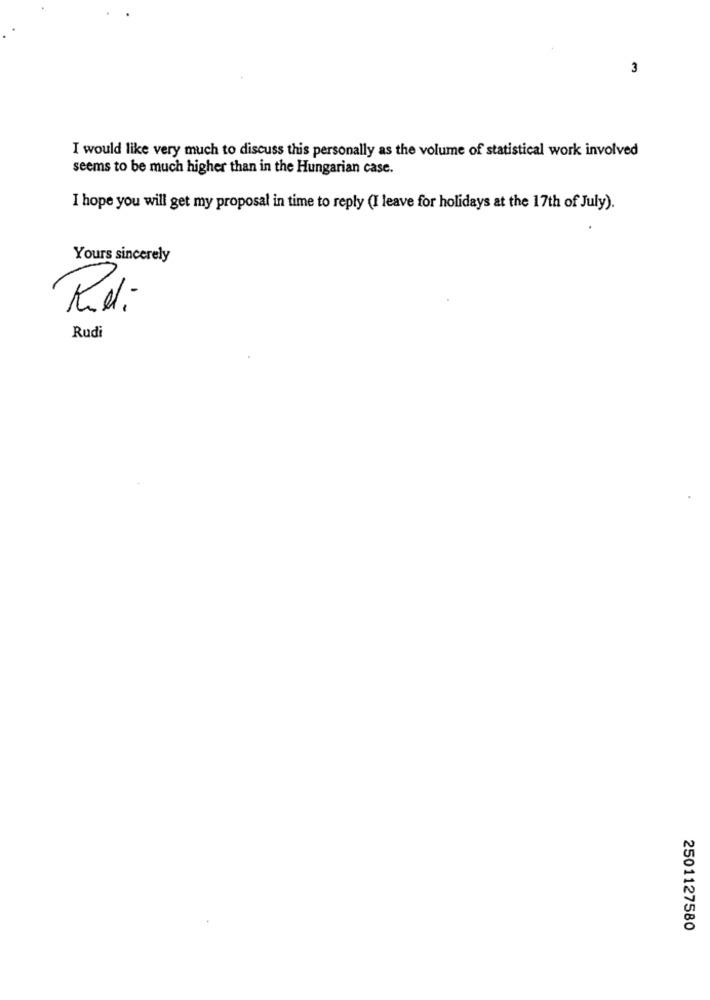
3
I would like very much to discuss this personally as the volume of statistical work involved
seems to be much higher than in the Hungarian case.
I hope you will get my proposal in time to reply (I leave for holidays at the 17th of July).
Yours sincerely
Rudi
2501127580